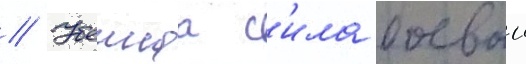
// Убоинаа с'ила боевои